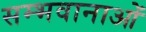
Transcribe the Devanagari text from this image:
सम्भवानाओं